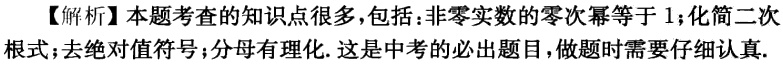
【解析】本题考查的知识点很多，包括：非零实数的零次幂等于 1；化简二次根式；去绝对值符号；分母有理化. 这是中考的必出题目，做题时需要仔细认真.